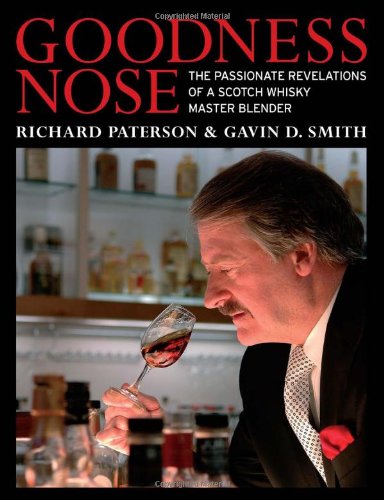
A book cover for Goodness Nose: The Passionate Revelations of a Scotch Whisky Master Blender; Richard Paterson; Cookbooks, Food & Wine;